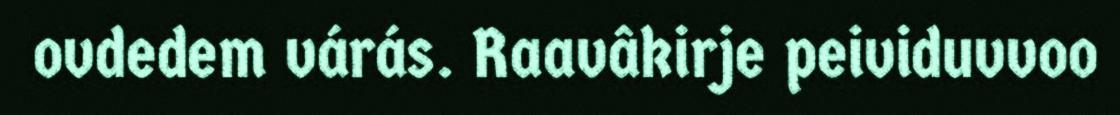
ovdedem várás. Raavâkirje peividuvvoo